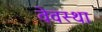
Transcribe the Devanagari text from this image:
वेवस्था